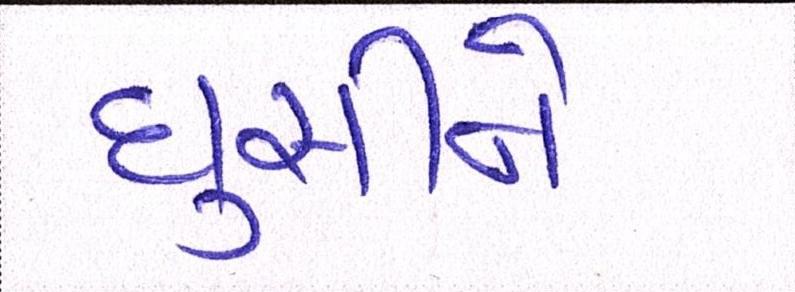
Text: ઘુસીને